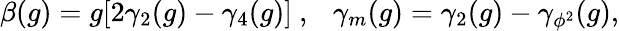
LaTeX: \beta(g)=g[2\gamma_{2}(g)-\gamma_{4}(g)]\ ,~~~\gamma_{m}(g)=\gamma_{2}(g)-\gamma_{\phi^{2}}(g),